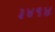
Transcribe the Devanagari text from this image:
३४९४